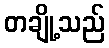
တချို့သည်